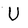
Character: U